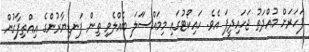
ފަހަރަށް މުއްދަތު ޖަހައިދީފަ އެވެ. ހައިކޯޓުގައި މިމައްސަަލަ ބެއްލެވި ތިން ފަނޑިޔާރުންގެ އިއްތިފާގުން